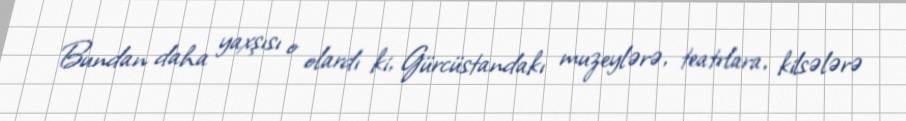
Bundan daha yaxşısı o olardı ki, Gürcüstandakı muzeylərə, teatrlara, kilsələrə